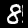
Label: 8